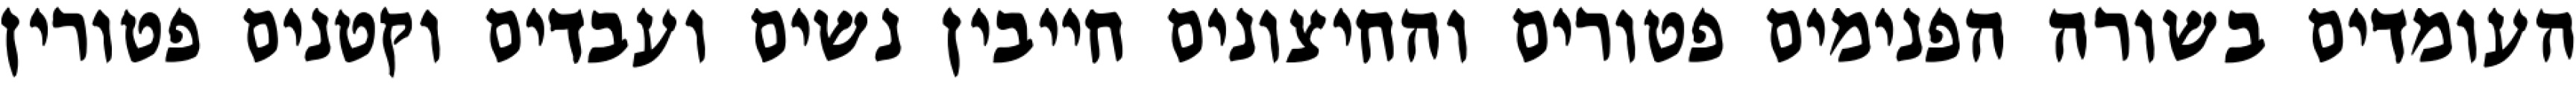
העומדים בשורה הפנימים פטורים והחיצונים חייבין נשים ועבדים וקטנים פטורין